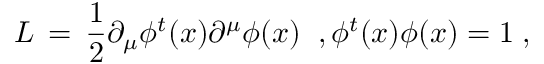
{ \cal L } \, = \, \frac { 1 } { 2 } \partial _ { \mu } \phi ^ { t } ( x ) \partial ^ { \mu } \phi ( x ) \; \; , \phi ^ { t } ( x ) \phi ( x ) = 1 \; ,